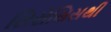
સિરોસિસથી